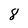
Character: 8